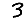
Digit: 3